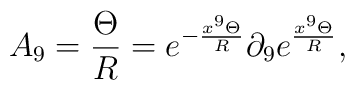
A_9 =   \frac{\Theta}{R} = e^{- \frac{x^9    \Theta}{R}}\partial_9  e^{ \frac{x^9    \Theta}{R}} ,